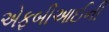
એફબીઆઈની